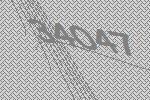
34047